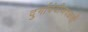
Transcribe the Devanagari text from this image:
दुर्गादेवीजवळची